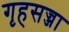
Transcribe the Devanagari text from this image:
गृहसज्जा